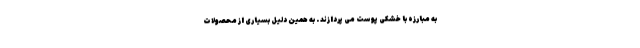
به مبارزه با خشکی پوست می پردازند . به همین دلیل بسیاری از محصولات